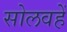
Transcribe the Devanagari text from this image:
सोलवहें